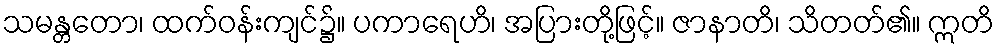
သမန္တတော၊ ထက်ဝန်းကျင်၌။ ပကာရေဟိ၊ အပြားတို့ဖြင့်။ ဇာနာတိ၊ သိတတ်၏။ ဣတိ